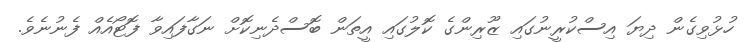
ހުޅުވިގެން ދިޔަ އިސްކުރީނުގައި ޒޫރިންގެ ކޮލުގައި އީތަން ބޮސްދެނިކޮށް ނަގާފައިވާ ފޮޓޯއެއް ފެނުނެވެ.